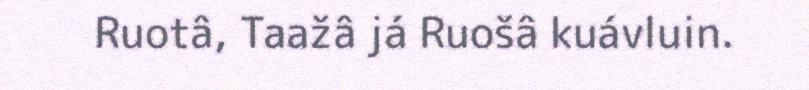
Ruotâ, Taažâ já Ruošâ kuávluin.